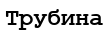
Трубина